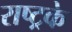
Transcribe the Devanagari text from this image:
राष्ट्रके